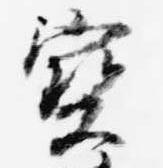
宝